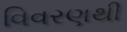
વિવરણથી